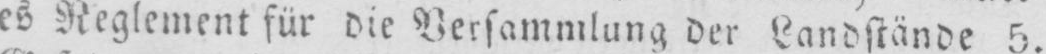
es Reglement für die Versammlung der Landstände 5.